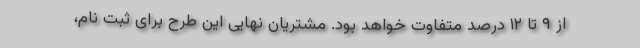
از ۹ تا ۱۲ درصد متفاوت خواهد بود. مشتریان نهایی این طرح برای ثبت نام،‌